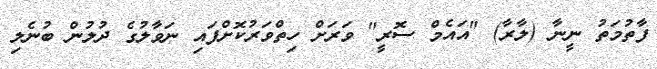
ފާތުމަތު ނީނާ (ލާރާ) "އައެމް ސޮރީ" ވަރަށް ހިތްވަރުކޮށްފައި ނަވާލުގެ ދުލުން ބުނެލި